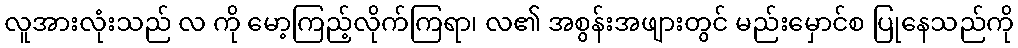
လူအားလုံးသည် လ ကို မော့ကြည့်လိုက်ကြရာ၊ လ၏ အစွန်းအဖျားတွင် မည်းမှောင်စ ပြုနေသည်ကို